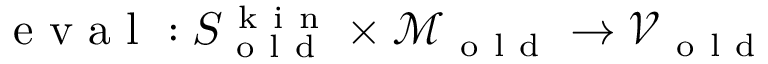
\mathrm { ~ e ~ v ~ a ~ l ~ } : S _ { \mathrm { ~ o ~ l ~ d ~ } } ^ { \mathrm { ~ k ~ i ~ n ~ } } \times \mathcal { M } _ { \mathrm { ~ o ~ l ~ d ~ } } \to \mathcal { V } _ { \mathrm { ~ o ~ l ~ d ~ } }